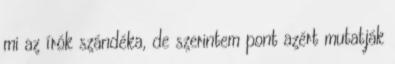
mi az írók szándéka, de szerintem pont azért mutatják